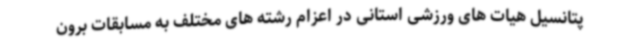
پتانسیل هیات های ورزشی استانی در اعزام رشته های مختلف به مسابقات برون